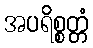
အပရိစ္စတ္တံ